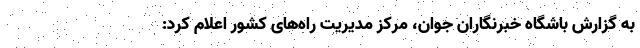
به گزارش باشگاه خبرنگاران جوان، مرکز مدیریت راه‌های کشور اعلام کرد: